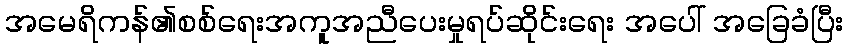
အမေရိကန်၏စစ်ရေးအကူအညီပေးမှုရပ်ဆိုင်းရေး အပေါ် အခြေခံပြီး